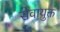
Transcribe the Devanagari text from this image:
सेवायुक्त